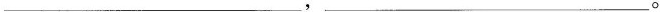
___,___。